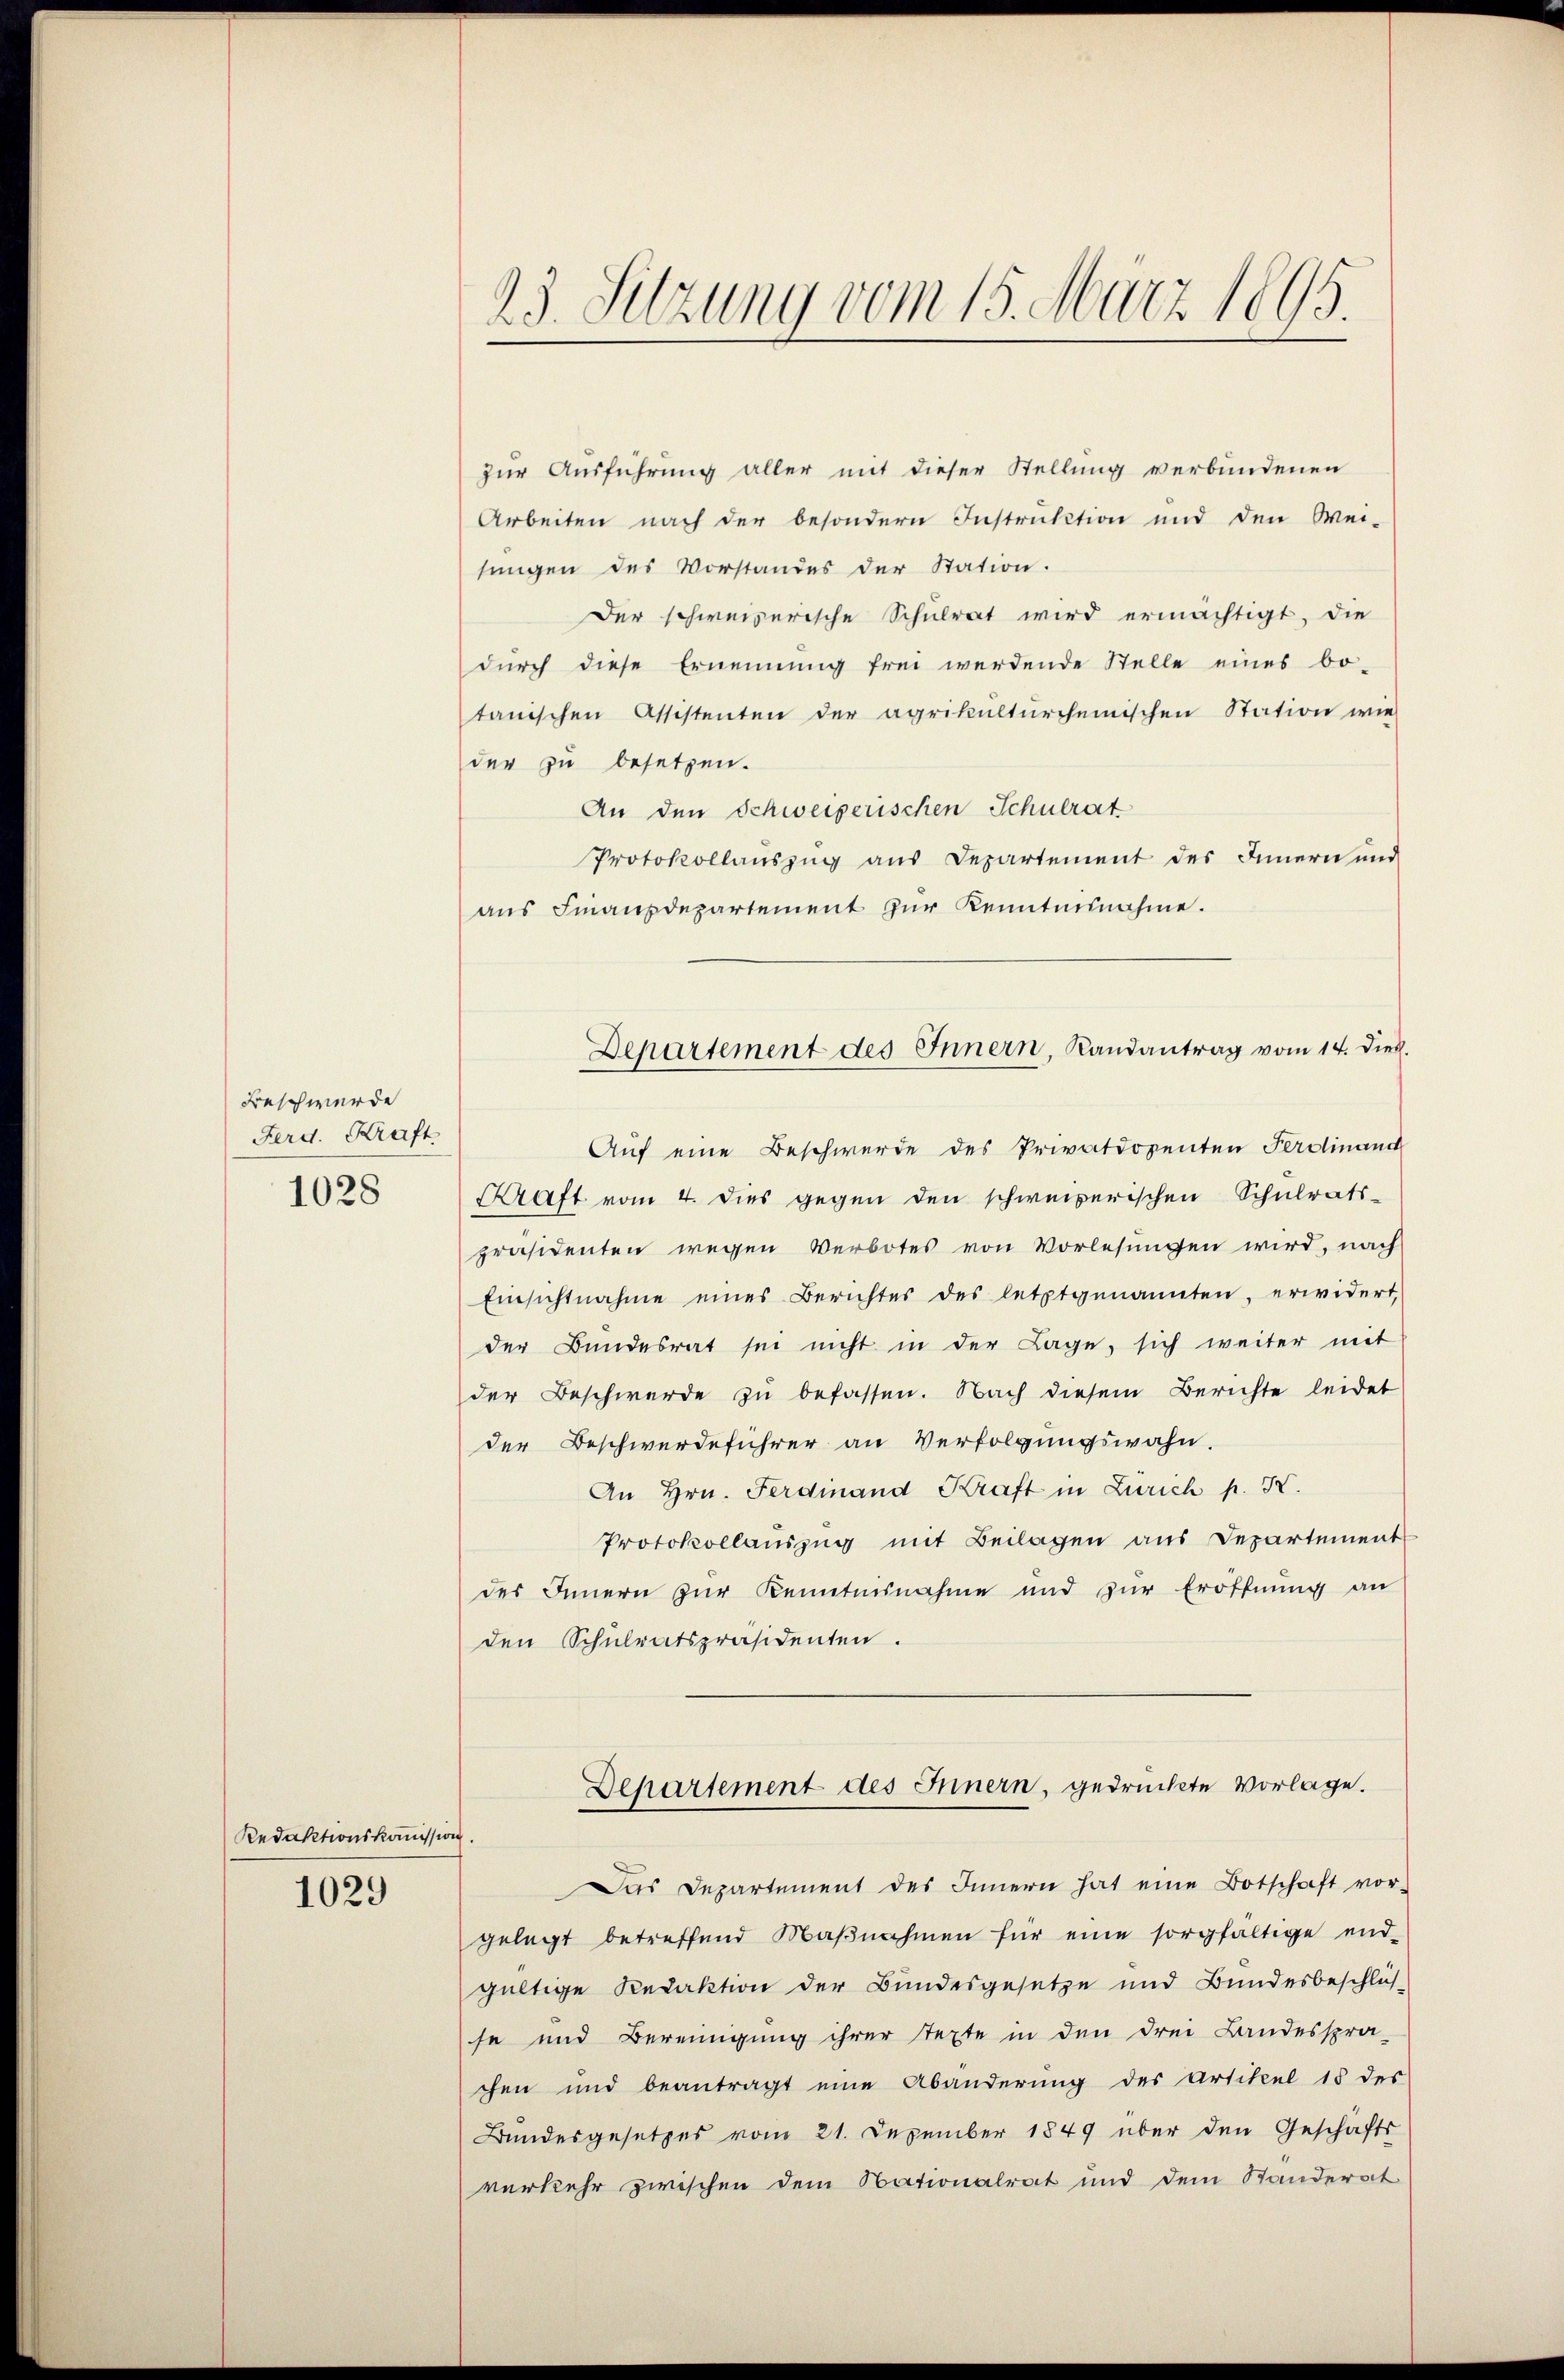
Beschwerde
Ferd. Kraft
1028

Redaktionskommission.

1029

23. Sitzung vom 15. März 1895.

zur Ausführung aller mit dieser Stellung verbundenen
Arbeiten nach der besondern Instruktion und den Wei-
sungen des Vorstandes der Station.
Der schweizerische Schulrat wird ermächtigt, die
durch diese Ernennung frei werdende Stelle eines bo-
tanischen Assistenten der agrikultürchemischen Station wie
der zu besetzen.
An den Schweizerischen Schulrat
Protokollauszug aus Departement des Innern und
aus Finanzdepartement zur Kenntnisnahme.
Auf eine Beschwerde des Privatdozenten Ferdinand
aft vom 4. dies gegen den schweizerischen Schulrats-
präsidenten wegen Verbotes von Vorlesungen wird, nach
Einsichtnahme eines Berichtes des letztgenannten, erwidert,
der Bundesrat sei nicht in der Lage, sich weiter mit
der Beschwerde zŭ befassen. Nach diesem Berichte leidet
der Beschwerdeführer an Verfolgungswahn.
An Hrn. Ferdinand Kraft in Zürich p. X.
Protokollauszug mit Beilagen aus Departement
des Innern zur Kenntnisnahme und zur Eröffnung an
den Schulratspräsidenten.
Departement des Innern, gedruckte Vorlage.
Das Departement des Innern hat eine Botschaft vor-
gelegt betreffend Maβnahmen für eine sorgfältige end-
gültige Redaktion der Bundesgesetze und Bundesbeschlüs
se und Bereinigung ihrer texte in den drei Landesspra-
chen und beantragt eine Abänderung des Artikel 15 des
Bundesgesetzes vom 21. Dezember 1849 über den Geschäfts
verkehr zwischen dem Nationalrat und dem Standerat

Departement des Innern, Randantrag vom 14. dies.